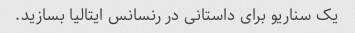
یک سناریو برای داستانی در رنسانس ایتالیا بسازید.